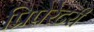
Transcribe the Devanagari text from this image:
प्रिपेरेटरी